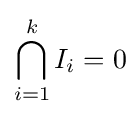
\bigcap _{i=1}^{k}I_{i}=0